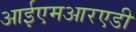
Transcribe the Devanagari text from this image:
आईएमआरएडी